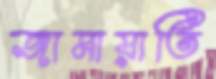
জামায়াতি